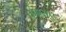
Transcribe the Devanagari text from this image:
फ़हराए